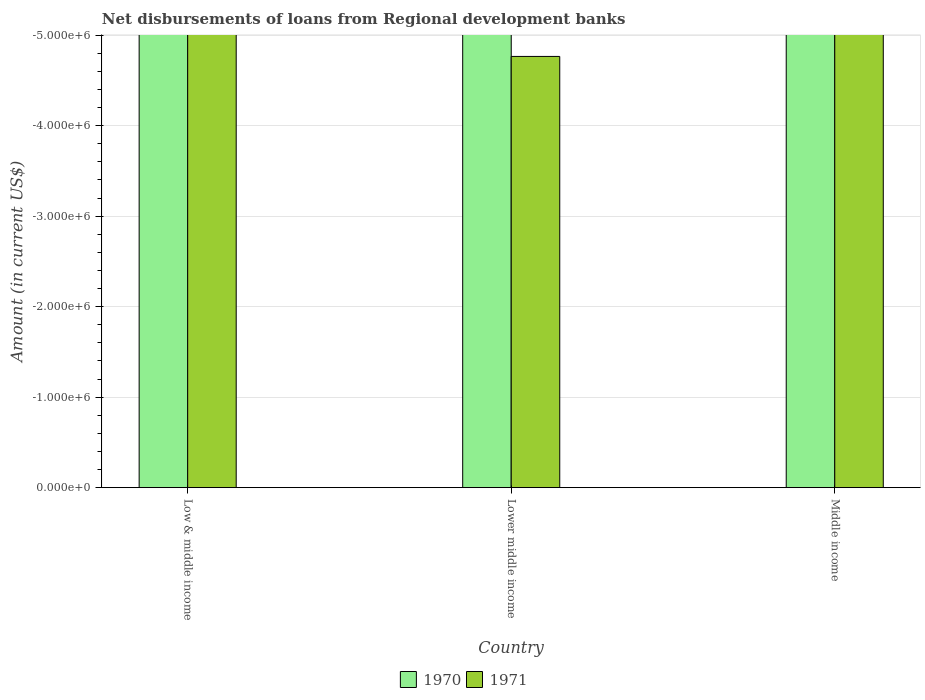
| Country | 1970 | 1971 |
 | --- | --- | --- |
 | Low & middle income | -2.02e+08 | -1.57e+07 |
 | Lower middle income | -2.02e+08 | -4.76e+06 |
 | Middle income | -2.02e+08 | -1.22e+07 |